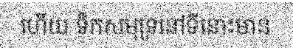
ហើយ ទឹកសមុទ្រនៅទីនោះមាន